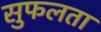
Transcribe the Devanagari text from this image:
सुफलता